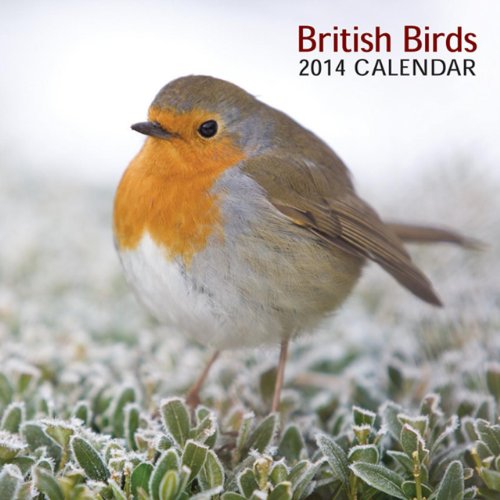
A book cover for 2014 Calendar: British Birds: 12-Month Calendar Featuring Fabulous Photographs Of Britain'S Best-Loved Birds; Peony Press; Calendars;